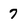
Character: 7